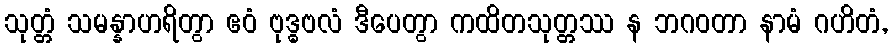
သုတ္တံ သမန္နာဟရိတွာ ဧဝံ ဗုဒ္ဓဗလံ ဒီပေတွာ ကထိတသုတ္တဿ န ဘဂဝတာ နာမံ ဂဟိတံ,